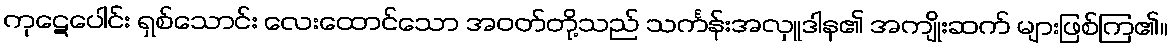
ကုဋေပေါင်း ရှစ်သောင်း လေးထောင်သော အဝတ်တို့သည် သင်္ကန်းအလှူဒါန၏ အကျိုးဆက် များဖြစ်ကြ၏။